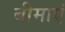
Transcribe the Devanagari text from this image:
बीमाएं